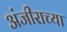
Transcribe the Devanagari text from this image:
अंजीराच्या